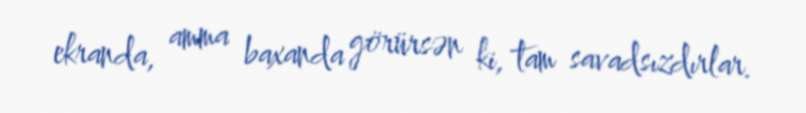
ekranda, amma baxanda görürsən ki, tam savadsızdırlar.